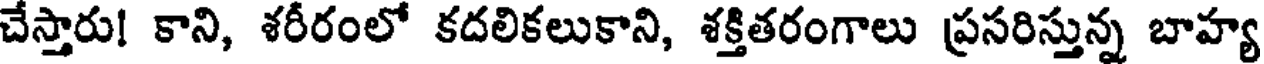
చేస్తారు! కాని, శరీరంలో కదలికలుకాని, శక్తితరంగాలు ప్రసరిస్తున్న బాహ్య